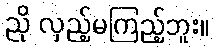
ညို လှည့်မကြည့်ဘူး။